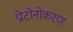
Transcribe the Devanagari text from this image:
प्रोटोनोकरण